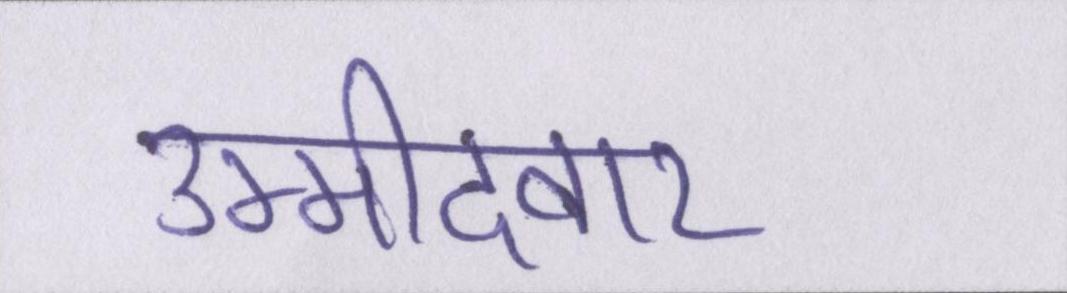
उम्मीदवार